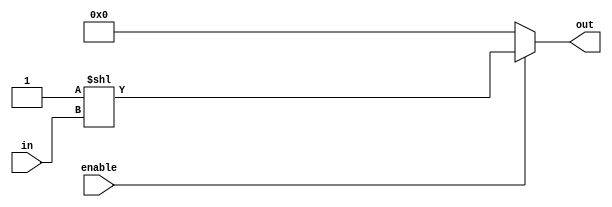
// m-to-n decoder
// usually, a decoder has m input lines and 2^n output lines

module decoder #(
    parameter m = 2,
    parameter n = 4
) (
    input [m-1:0] in,
    input enable,
    output reg [n-1:0] out
);
    always @(*) begin
        if(!enable) out = {n{1'b0}};
        else out = {{n-1{1'b0}},1'b1} << in;
    end

endmodule